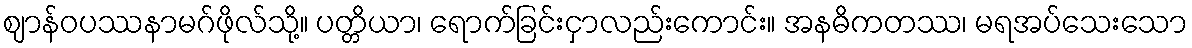
ဈာန်ဝပဿနာမဂ်ဖိုလ်သို့။ ပတ္တိယာ၊ ရောက်ခြင်းငှာလည်းကောင်း။ အနဓိကတဿ၊ မရအပ်သေးသော